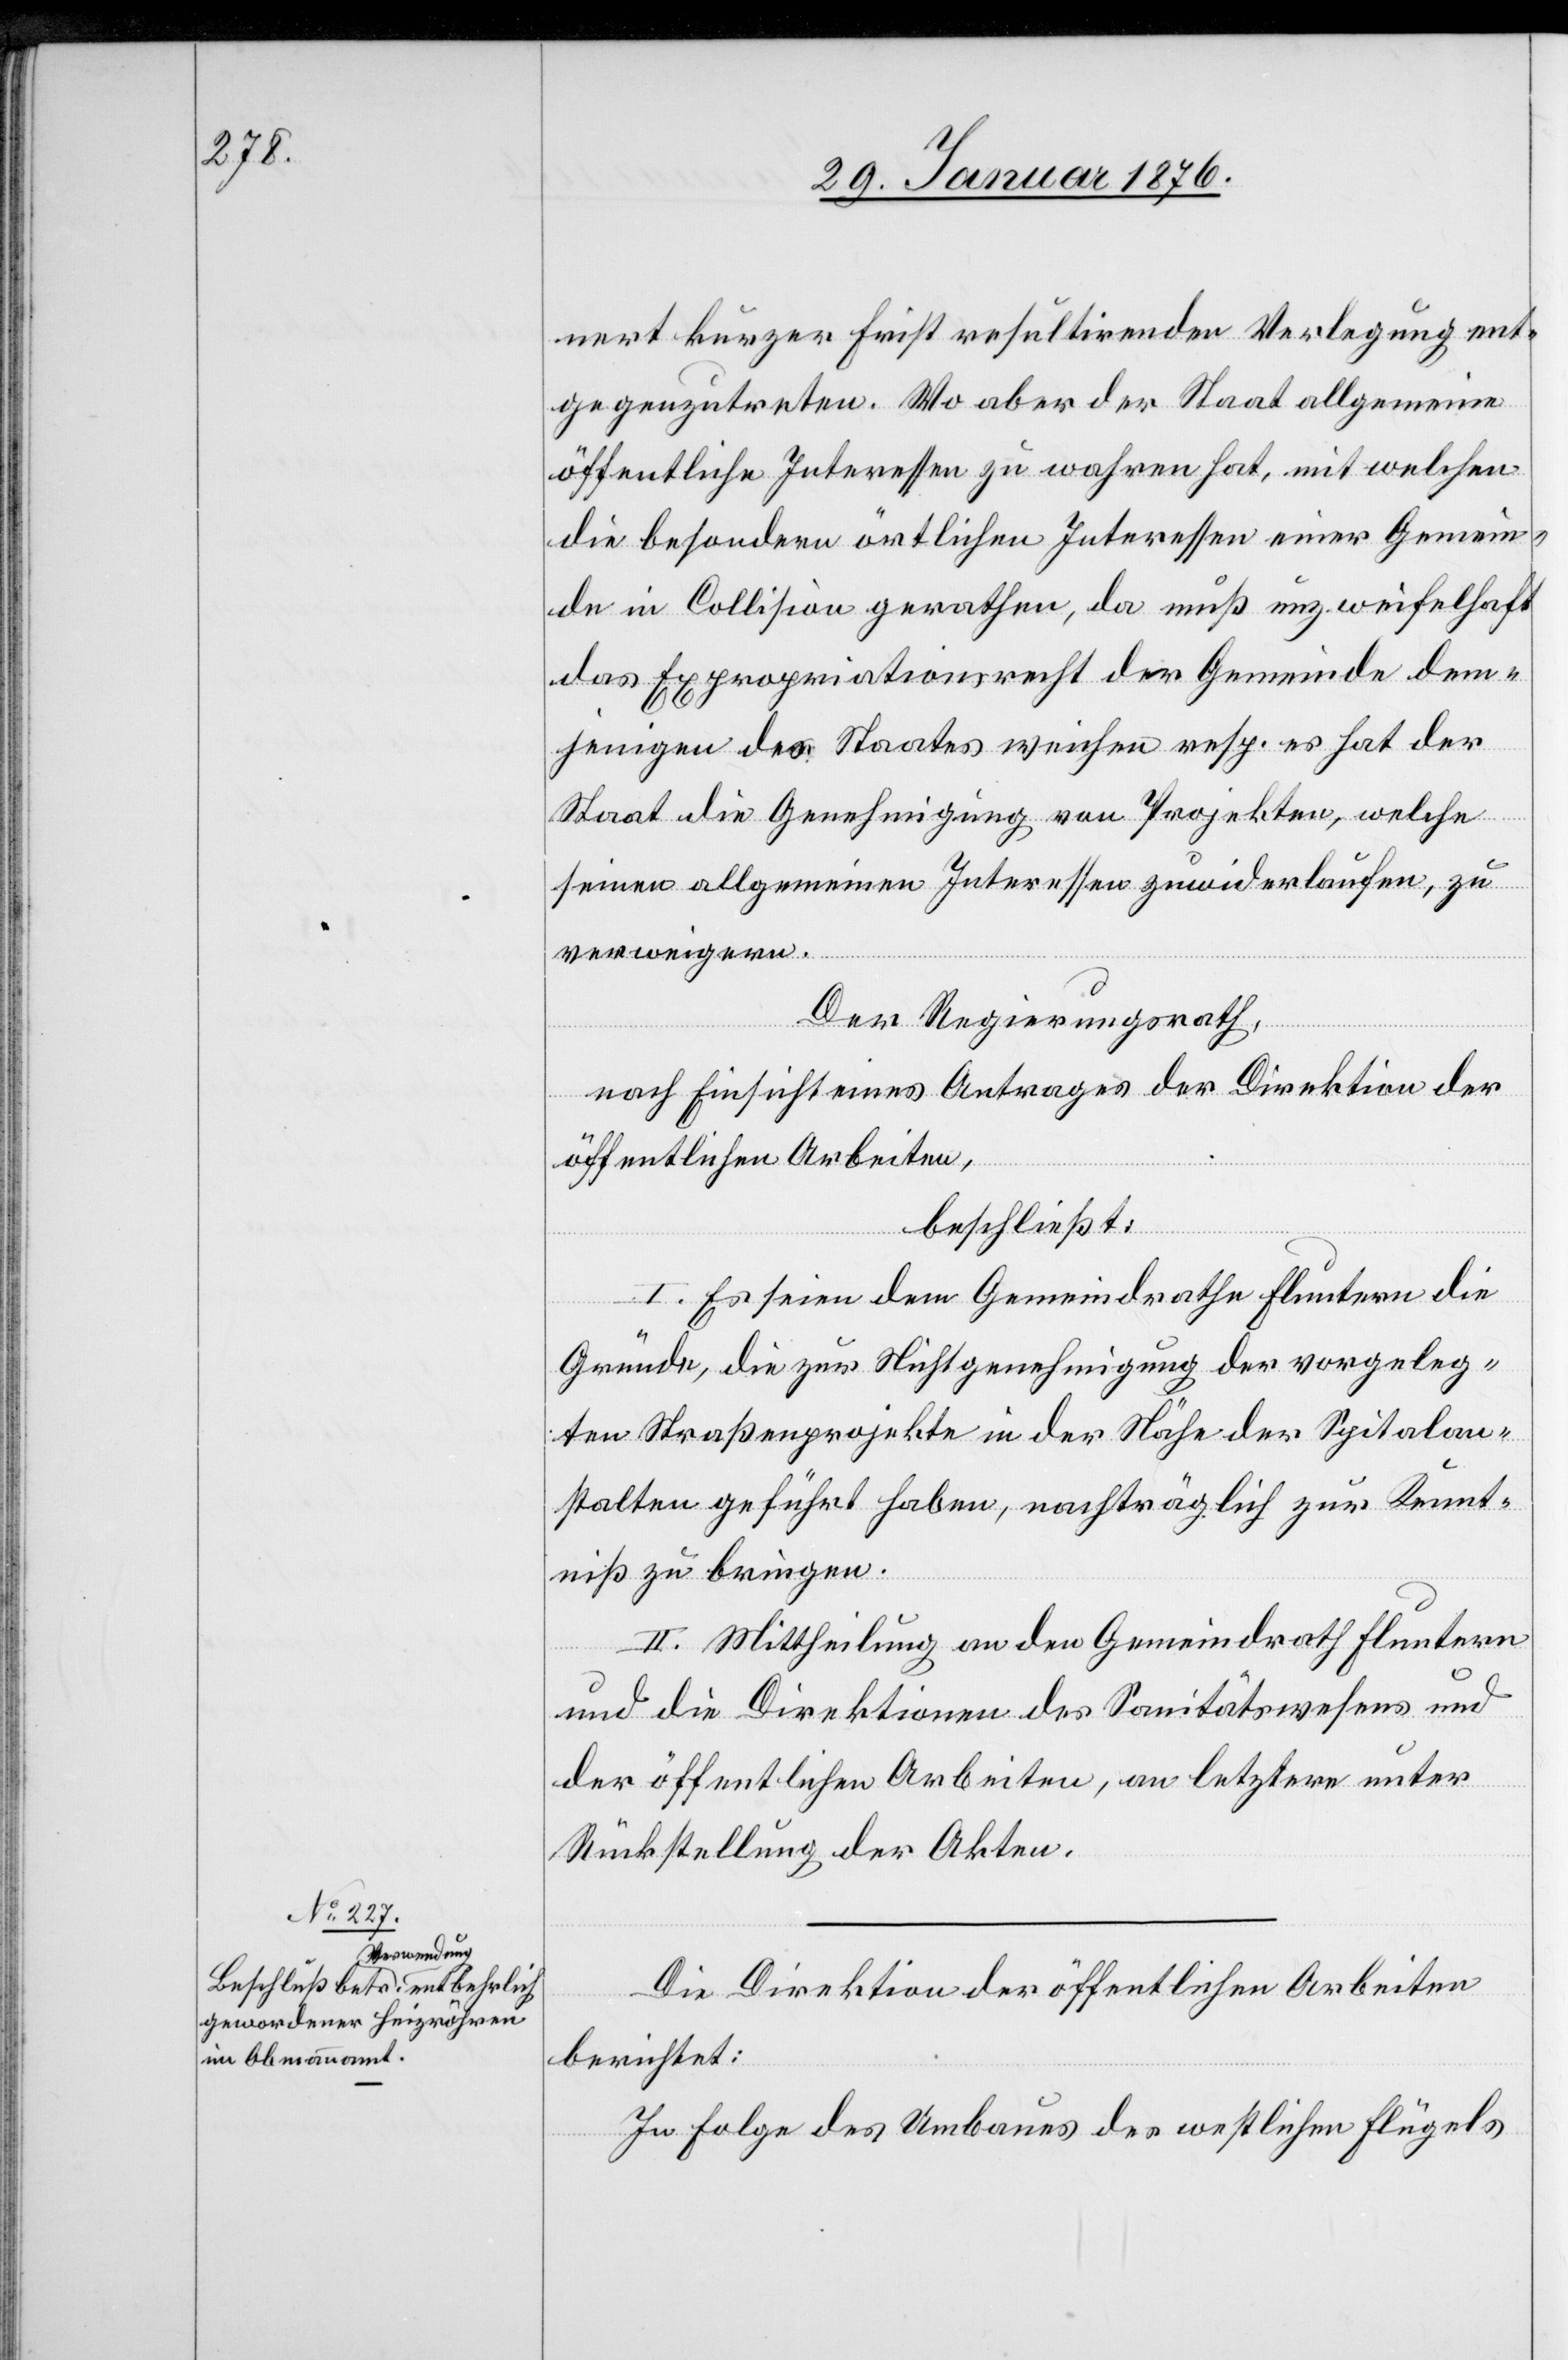
nert kurzer Frist resultirenden Verlegung ent¬
gegenzutreten. Wo aber der Staat allgemeine
öffentliche Interessen zu wahren hat, mit welchen
die besondern örtlichen Interessen einer Gemein¬
de in Collision gerathen, da muß unzweifelhaft
das Expropriationsrecht der Gemeinde dem¬
jenigen des Staates weichen resp. es hat der
Staat die Genehmigung von Projekten, welche
seinen allgemeinen Interessen zuwiderlaufen, zu
verweigern.
Der Regierungsrath,
nach Einsicht eines Antrages der Direktion der
öffentlichen Arbeiten,
beschließt:
I. Es seien dem Gemeindrathe Fluntern die
Gründe, die zur Nichtgenehmigung der vorgeleg¬
ten Straßenprojekte in der Nähe der Spitalan¬
stalten geführt haben, nachträglich zur Kennt¬
niß zu bringen.
II. Mittheilung an den Gemeindrath Fluntern
und die Direktion des Sanitätswesens und
der öffentlichen Arbeiten, an letztere unter
Rückstellung der Akten.
Die Direktion der öffentlichen Arbeiten
berichtet:
In Folge des Umbaues des westlichen Flügels